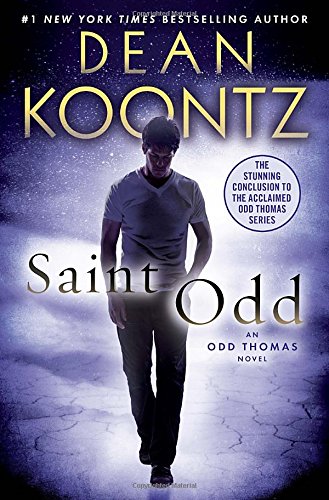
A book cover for Saint Odd: An Odd Thomas Novel; Dean Koontz; Mystery, Thriller & Suspense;